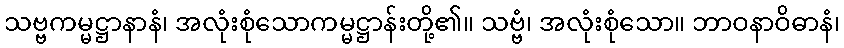
သဗ္ဗကမ္မဋ္ဌာနာနံ၊ အလုံးစုံသောကမ္မဋ္ဌာန်းတို့၏။ သဗ္ဗံ၊ အလုံးစုံသော။ ဘာဝနာဝိဓာနံ၊